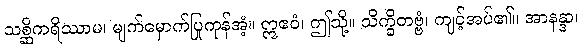
သစ္ဆိကရိဿာမ၊ မျက်မှောက်ပြုကုန်အံ့။ ဣဧဝံ၊ ဤသို့။ သိက္ခိတဗ္ဗံ၊ ကျင့်အပ်၏။ အာနန္ဒာ၊